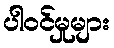
ပါဝင်မှုများ